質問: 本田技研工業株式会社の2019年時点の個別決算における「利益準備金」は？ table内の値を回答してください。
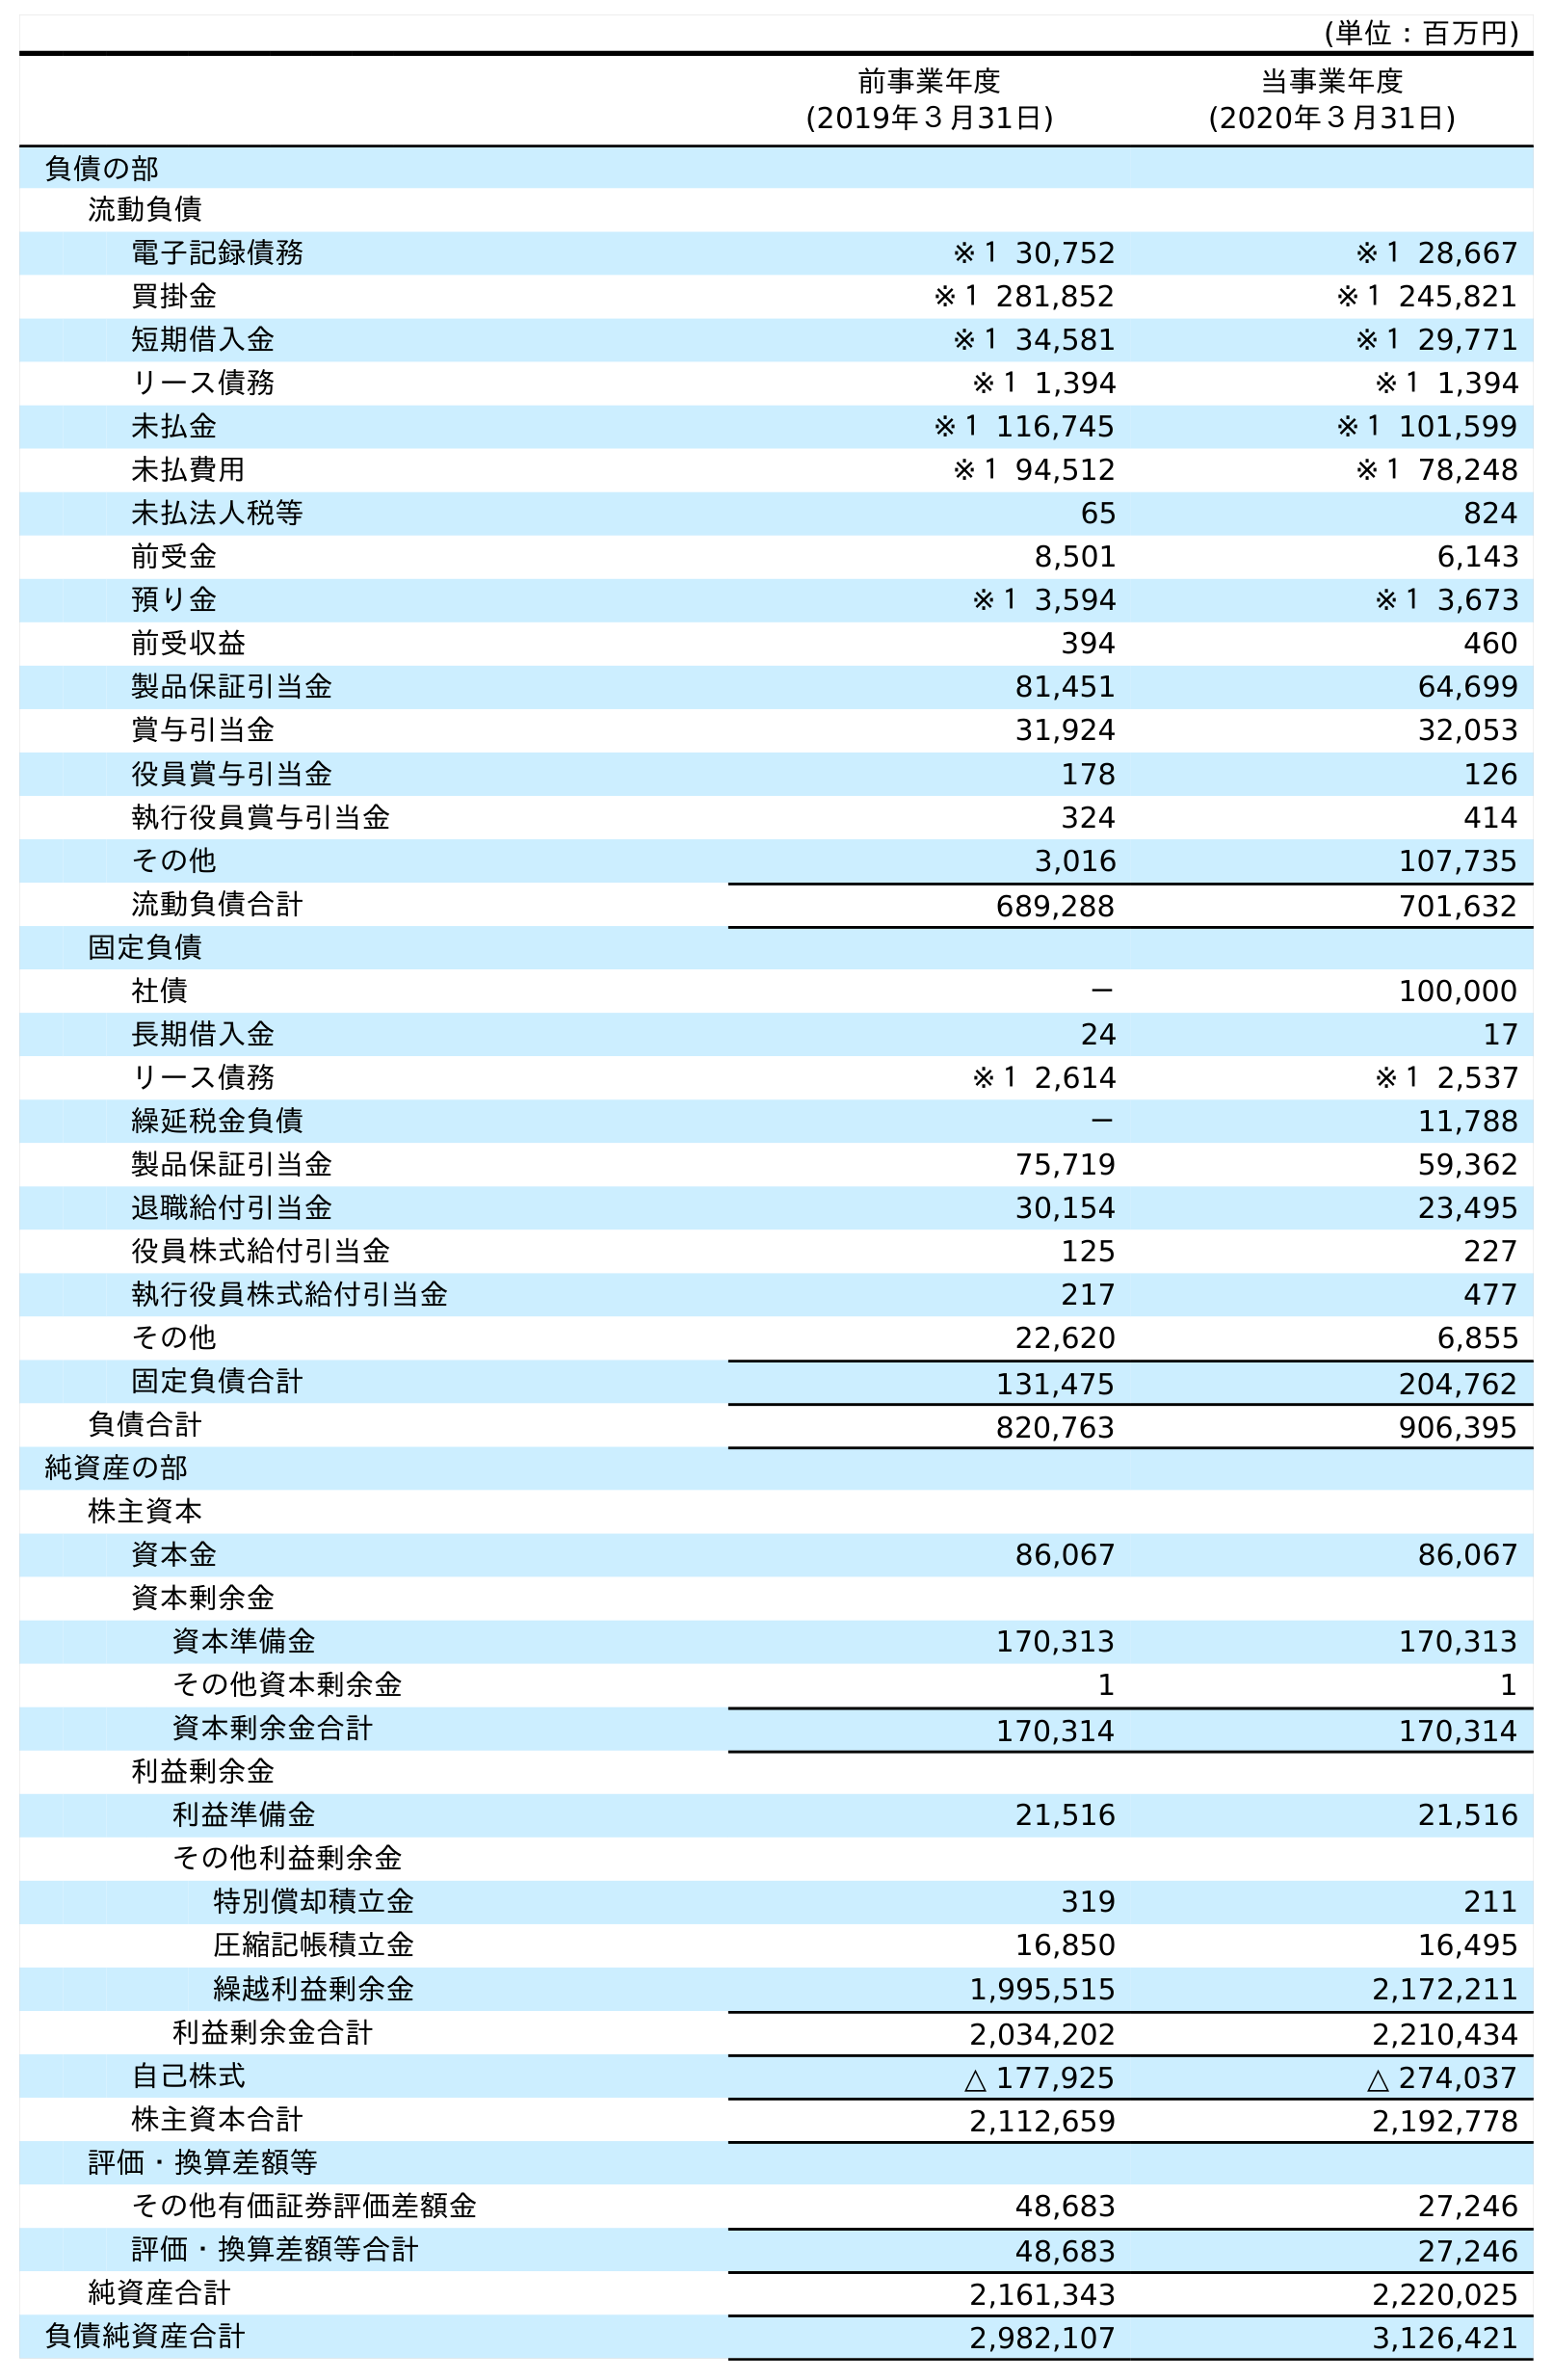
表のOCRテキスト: (単位：百万円) 前事業年度 (2019年３月31日) 当事業年度 (2020年３月31日) 負債の部 流動負債 電子記録債務 ※１ 30,752 ※１ 28,667 買掛金 ※１ 281,852 ※１ 245,821 短期借入金 ※１ 34,581 ※１ 29,771 リース債務 ※１ 1,394 ※１ 1,394 未払金 ※１ 116,745 ※１ 101,599 未払費用 ※１ 94,512 ※１ 78,248 未払法人税等 65 824 前受金 8,501 6,143 預り金 ※１ 3,594 ※１ 3,673 前受収益 394 460 製品保証引当金 81,451 64,699 賞与引当金 31,924 32,053 役員賞与引当金 178 126 執行役員賞与引当金 324 414 その他 3,016 107,735 流動負債合計 689,288 701,632 固定負債 社債 － 100,000 長期借入金 24 17 リース債務 ※１ 2,614 ※１ 2,537 繰延税金負債 － 11,788 製品保証引当金 75,719 59,362 退職給付引当金 30,154 23,495 役員株式給付引当金 125 227 執行役員株式給付引当金 217 477 その他 22,620 6,855 固定負債合計 131,475 204,762 負債合計 820,763 906,395 純資産の部 株主資本 資本金 86,067 86,067 資本剰余金 資本準備金 170,313 170,313 その他資本剰余金 1 1 資本剰余金合計 170,314 170,314 利益剰余金 利益準備金 21,516 21,516 その他利益剰余金 特別償却積立金 319 211 圧縮記帳積立金 16,850 16,495 繰越利益剰余金 1,995,515 2,172,211 利益剰余金合計 2,034,202 2,210,434 自己株式 △ 177,925 △ 274,037 株主資本合計 2,112,659 2,192,778 評価・換算差額等 その他有価証券評価差額金 48,683 27,246 評価・換算差額等合計 48,683 27,246 純資産合計 2,161,343 2,220,025 負債純資産合計 2,982,107 3,126,421
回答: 21,516